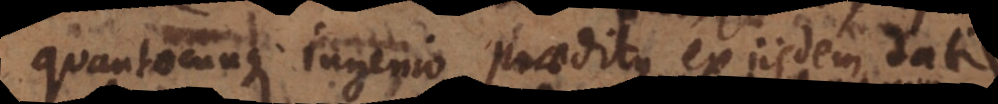
quantocunque ingenio praeditus ex iisdem datis